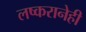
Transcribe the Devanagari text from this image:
लष्करानेही